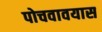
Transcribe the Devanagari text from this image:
पोचवावयास